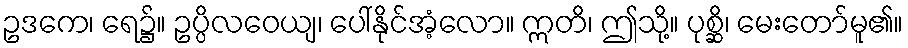
ဥဒကေ၊ ရေ၌။ ဥပ္ပိလဝေယျ၊ ပေါ်နိုင်အံ့လော။ ဣတိ၊ ဤသို့။ ပုစ္ဆိ၊ မေးတော်မူ၏။